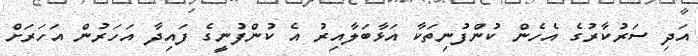
އަދި ސަރުކާރުގެ އެހެން ކުންފުނިތަކާ އަޅާބަލާއިރު އެ ކުންފުނީގެ ފައިދާ އަހަރުން އަހަރަށް